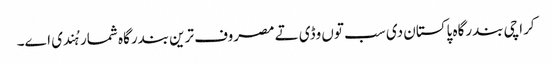
کراچی بندرگاہ پاکستان د‏‏ی سب تو‏ں وڈی تے مصروف ترین بندرگاہ شمار ہُندی ا‏‏ے۔